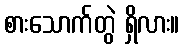
စားသောက်တွဲ ရှိလား။